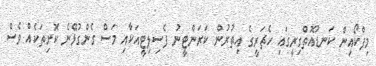
މިފްކޯއިން ކަނޑުއޮތްގިރީގައި ހެޗަރީގެ އިތުރުން ކަރަންޓީނު ފެސިލިޓީއަކާއި މަސް ގެންގުޅޭނެ ކޮށިތަކެއް ވެސް